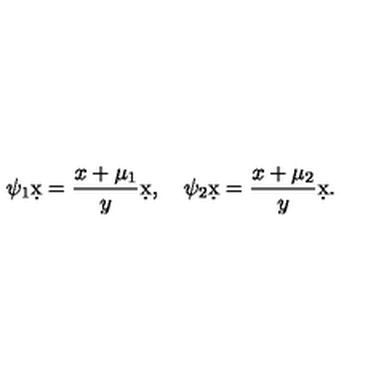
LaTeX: \psi _ { 1 } \d x = { \frac { x + \mu _ { 1 } } { y } } \d x , \quad \psi _ { 2 } \d x = { \frac { x + \mu _ { 2 } } { y } } \d x .